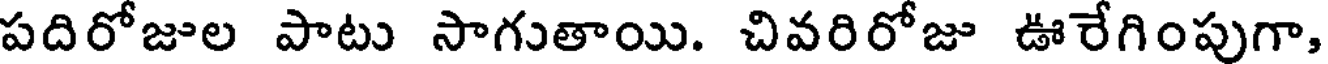
పదిరోజుల పాటు సాగుతాయి. చివరిరోజు ఊరేగింపుగా,